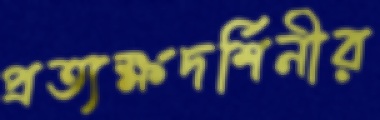
প্রত্যক্ষদর্শিনীর